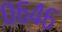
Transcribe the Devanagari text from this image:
०६४६